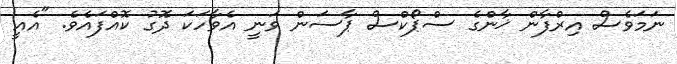
ނަމަވެސް އިރްފާން ޚާންގެ ސްޕޯކްސް ޕާސަން ވަނީ އެވާހަކަ ދޮގު ކޮއްފައެވެ. "އެއީ